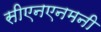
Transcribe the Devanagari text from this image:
सीएनएनमनी